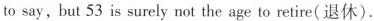
to say, but 53 is surely not the age to retire(退休).